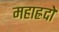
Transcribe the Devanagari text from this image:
महाह्रदो